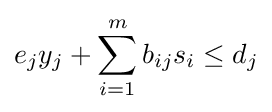
e_{j}y_{j}+\sum _{i=1}^{m}b_{ij}s_{i}\leq d_{j}